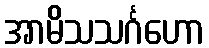
အာမိသသင်္ဂဟော